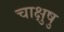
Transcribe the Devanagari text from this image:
चाक्षुषु